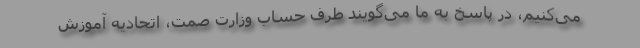
می‌کنیم، در پاسخ به ما می‌گویند طرف حساب وزارت صمت، اتحادیه آموزش